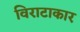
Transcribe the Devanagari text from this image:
विराटाकार